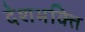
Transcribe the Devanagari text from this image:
देशभक्‍ित